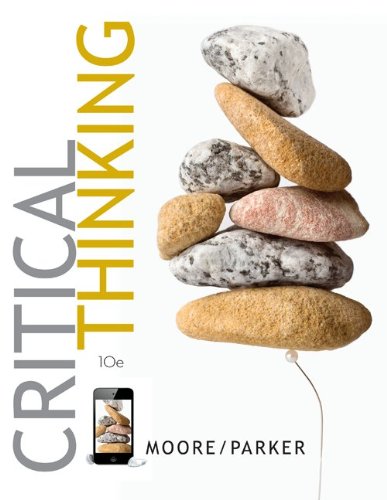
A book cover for Critical Thinking; Brooke Noel Moore; Education & Teaching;